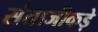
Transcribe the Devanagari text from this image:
संताजीकड़े